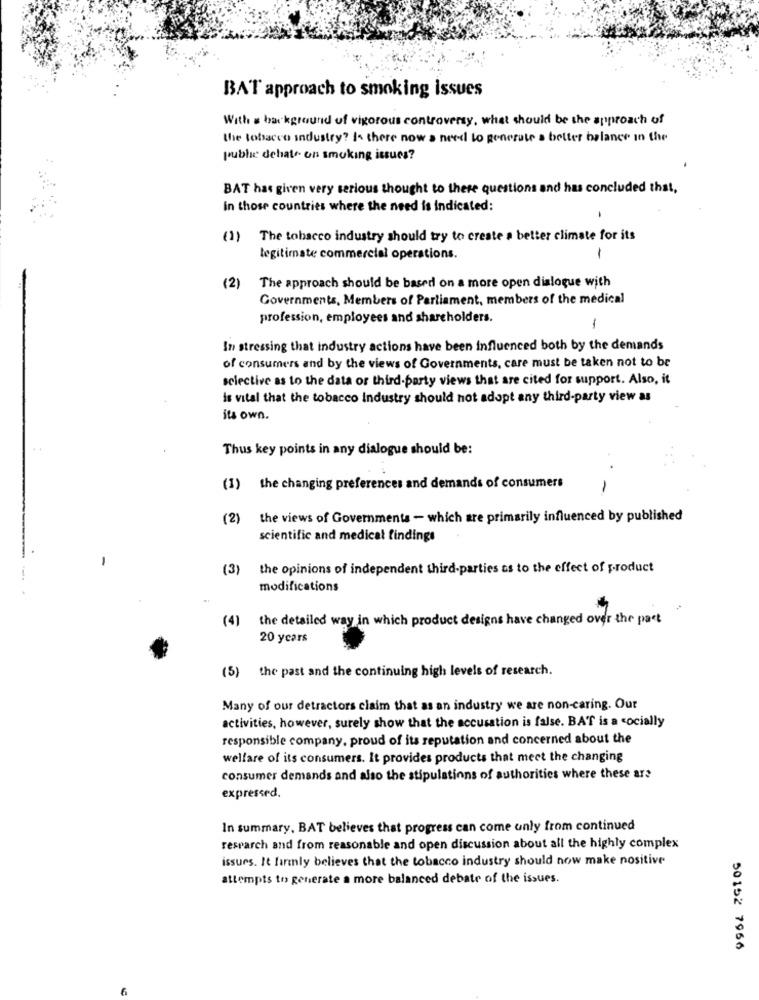
BAT approach to smoking issues
With s background of vigorous controversy, what should be the approach of
the tobacco industry? Is there now a need to generate a better balance in the
publie debate on smoking issues?
BAT has given very serious thought to these questions and has concluded that,
In those countries where the need is indicated:
(1)
The tobacco industry should try to create a better climate for its
legitimate commercial operations.
-
The approach should be based on a more open dialogue with
(2)
Governments, Members of Parliament, members of the medical
profession, employees and shareholders.
In stressing that industry actions have been influenced both by the demands
of consumers and by the views of Governments, care must be taken not to be
selective as to the data or third-party views that are cited for support. Also, it
is vital that the tobacco Industry should not adopt any third-party view as
its own.
Thus key points in any dialogue should be:
(1) the changing preferences and demands of consumers
-
(2) the views of Governments - which are primarily influenced by published
scientific and medical findings
(3)
the opinions of independent third-parties ts to the effect of product
modifications
(4)
the detailed way in which product designs have changed over the past
20 years
(5) the past and the continuing high levels of research.
Many of our detractors claim that as an industry we are non-caring. Our
activities, however, surely show that the accusation is false. BAT is a socially
responsible company, proud of its reputation and concerned about the
welfare of its consumers. It provides products that meet the changing
consumer demands and also the stipulations of authorities where these ar?
expressed.
In summary, BAT believes that progress can come unly from continued
research and from reasonable and open discussion about all the highly complex
issues. It firmly believes that the tobacco industry should now make nositive
attempts to generate a more balanced debate of the issues.
50152 7966
6